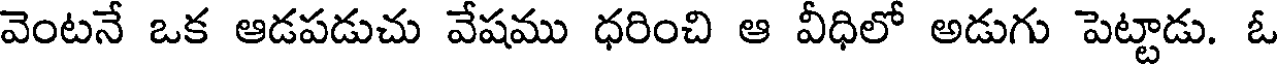
వెంటనే ఒక ఆడపడుచు వేషము ధరించి ఆ వీధిలో అడుగు పెట్టాడు. ఓ